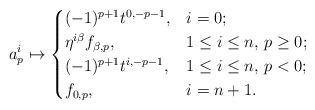
\begin{align*} a^i_p\mapsto \begin{cases} (-1)^{p+1}t^{0,-p-1}, & i=0;\\ \eta^{i\beta}f_{\beta,p}, & 1\leq i\leq n,\, p\geq 0;\\ (-1)^{p+1}t^{i,-p-1}, & 1\leq i\leq n,\, p<0;\\ f_{0,p}, & i=n+1. \end{cases}\end{align*}